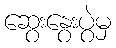
ဆွေးနွေးပွဲမှ